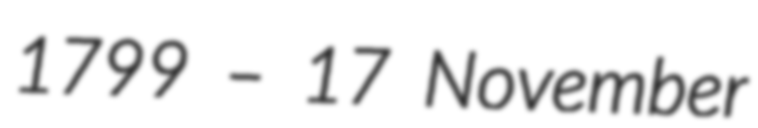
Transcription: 1799 – 17 November